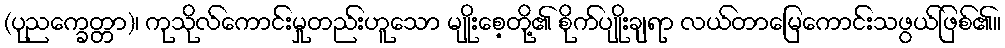
(ပုညက္ခေတ္တာ)၊ ကုသိုလ်ကောင်းမှုတည်းဟူသော မျိုးစေ့တို့၏ စိုက်ပျိုးချရာ လယ်တာမြေကောင်းသဖွယ်ဖြစ်၏။